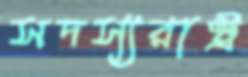
সদস্যরাষ্ট্র